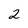
Character: 2